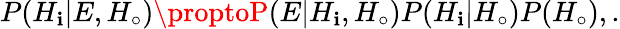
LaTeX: P(H_{\mathbf{i}}|E,H_{\circ})\proptoP(E|H_{\mathbf{i}},H_{\circ})P(H_{\mathbf{i}}|H_{\circ})P(H_{\circ}),.